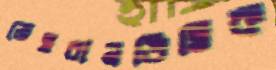
তেহরানভিত্তিক